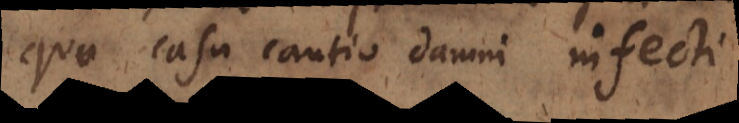
quo casu cautio damni infecti